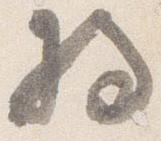
将